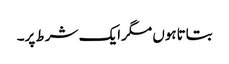
بتاتاہوں مگرایک شرط پر۔